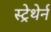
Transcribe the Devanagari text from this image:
स्ट्रेथेर्न